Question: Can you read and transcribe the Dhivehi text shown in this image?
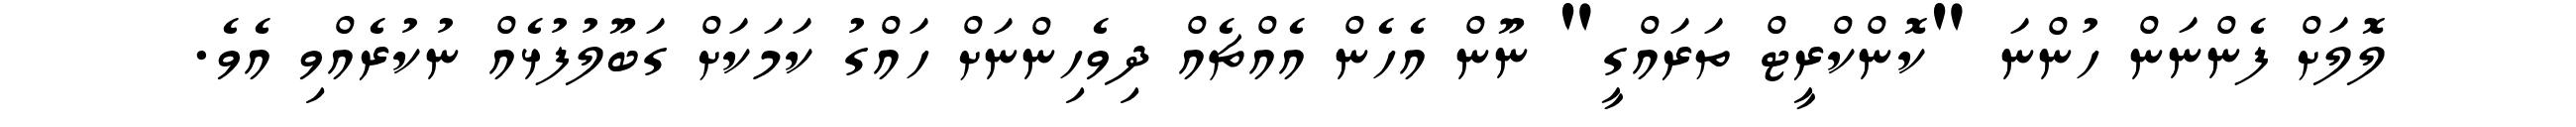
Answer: ލޮލަށް ފެންނަން ހުންނަ "ކޮންކްރީޓް ތަރައްގީ" ނޫން އެހެން އެއްޗެއް ދިވެހިންނަށް ހައްގު ކަމަކަށް ގަބޫލުފުޅެއް ނުކުރެއްވި އެވެ.